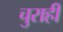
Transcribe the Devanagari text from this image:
चुराही